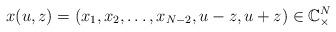
LaTeX: \begin{gather*}x(u,z) =( x_{1},x_{2},\ldots,x_{N-2},u-z,u+z)\in\mathbb{C}_{\times}^{N}\end{gather*}